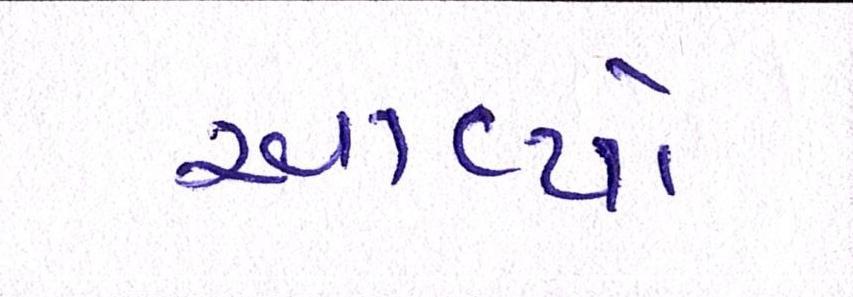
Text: આવ્યો